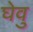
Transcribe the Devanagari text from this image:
घेवु